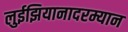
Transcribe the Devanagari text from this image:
लुईझियानादरम्यान